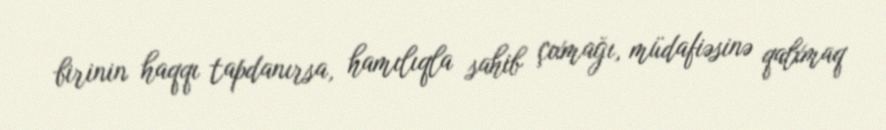
birinin haqqı tapdanırsa, hamılıqla sahib çıxmağı, müdafiəsinə qalxmaq